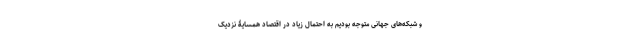
و شبکه­‌های جهانی متوجه بودیم به احتمال زیاد در اقتصاد همسایۀ نزدیک